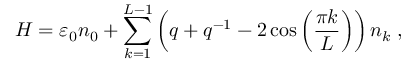
H = \varepsilon _ { 0 } n _ { 0 } + \sum _ { k = 1 } ^ { L - 1 } \left( q + q ^ { - 1 } - 2 \cos \left( \frac { \pi k } { L } \right) \right) n _ { k } \; ,